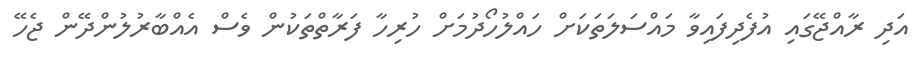
އަދި ރާއްޖޭގައި އުފެދިފައިވާ މައްސަލަތަކަށް ހައްލުހޯދުމަށް ހުރިހާ ފަރާތްތަކުން ވެސް އެއްބާރުލުންދޭން ޖެހޭ